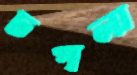
চপলা